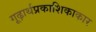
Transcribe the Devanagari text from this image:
गूढ़ार्थप्रकाशिकाकार